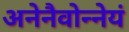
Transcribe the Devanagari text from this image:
अनेनैवोन्नेयं